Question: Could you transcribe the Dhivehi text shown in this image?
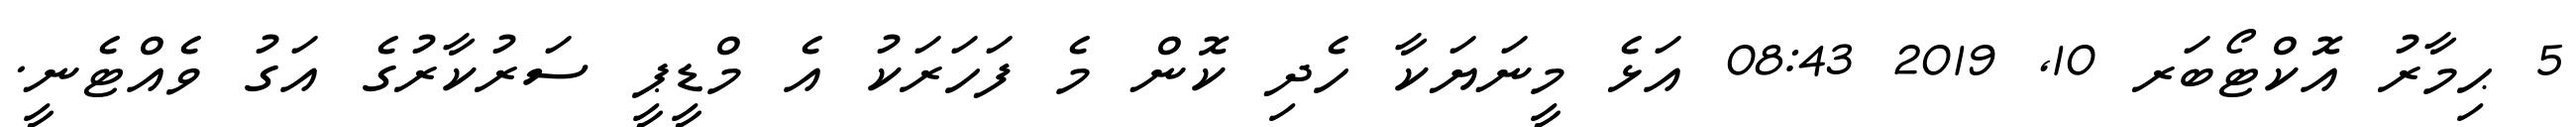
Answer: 5 ޙިމާރު އޮކްޓޯބަރ 10, 2019 08:43 އަޅެ މީނަޔަކާ ހެދި ކޮން މެ ފަހަރަކު އެ މްޑީޕީ ސަރުކާރުގެ އަގު ވެއްޓެނީ.